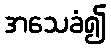
အသေခံ၍